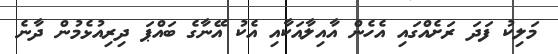
މަލިކު ފަދަ ރަށެއްގައި އެހެން އާއިލާއަކާއި އެކު އޭނާގެ ބައްޕަ ދިރިއުޅެމުން ދާނެ